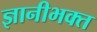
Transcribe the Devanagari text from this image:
ज्ञानीभक्त